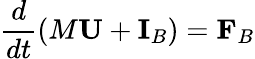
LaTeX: \frac{d}{dt}\left(M\mathbf{U}+\mathbf{I}_{B}\right)=\mathbf{F}_{B}